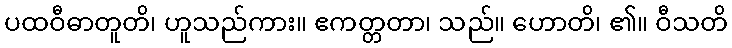
ပထဝီဓာတူတိ၊ ဟူသည်ကား။ ဧကတ္တတာ၊ သည်။ ဟောတိ၊ ၏။ ဝီသတိ